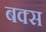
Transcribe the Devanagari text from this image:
बक्‍स